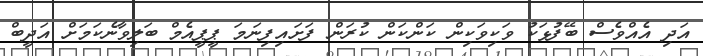
އަދި އެއްވެސް ބޭފުޅަކު ވަކިވަކިން ކަންކަން ކުރަން ފަށައިފިނަމަ ޕީޕީއެމް ބަލިވާނެކަމަށް އަދީބް